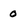
Character: 0